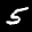
Label: 5